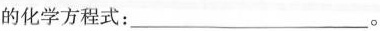
的化学方程式：___。